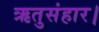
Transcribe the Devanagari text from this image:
ऋतुसंहार।